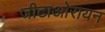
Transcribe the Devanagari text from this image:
जीटाओरायन